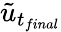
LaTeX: \tilde{u}_{t_{final}}